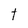
Character: t